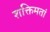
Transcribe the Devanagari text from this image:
शक्तिमतां